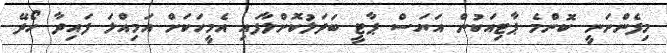
މިފެންނަނީ ކޮންމެ ޕާޓިއަކުން އަޔަސް ޕާޓީ ބަދަލުކޮށްލާފައި އެމީހަކަށް އަމިއްލަ ފައިދާ ހޯދޭ